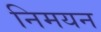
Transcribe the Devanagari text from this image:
निमयन